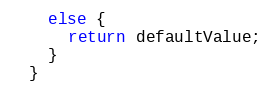
Language: Java
    else {
      return defaultValue;
    }
  }